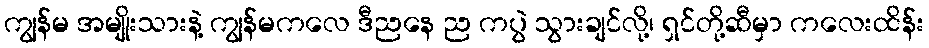
ကျွန်မ အမျိုးသားနဲ့ ကျွန်မကလေ ဒီညနေ ည ကပွဲ သွားချင်လို့၊ ရှင်တို့ဆီမှာ ကလေးထိန်း